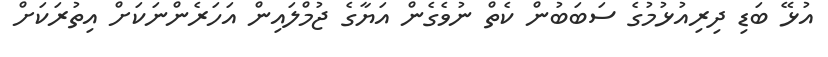
އުޅޭ ބަޑި ދިރިއުޅުމުގެ ސަބަބުން ކެތް ނުވެގެން އަޔާގެ ޖުމްލައިން އަހަރެންނަކަށް އިތުރަކަށް